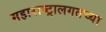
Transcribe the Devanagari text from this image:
महाराष्ट्रालगतच्या